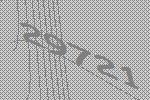
29721